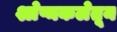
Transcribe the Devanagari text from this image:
श्लेष्मकलेतून